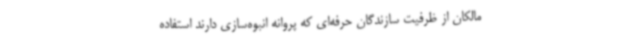
مالکان از ظرفیت سازندگان حرفه‌ای که پروانه انبوه‌سازی‌ دارند استفاده